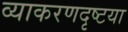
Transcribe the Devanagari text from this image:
व्याकरणदृष्टया